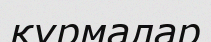
құрмалар